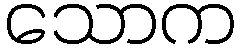
သောက